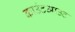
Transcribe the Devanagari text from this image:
काउंटआउट